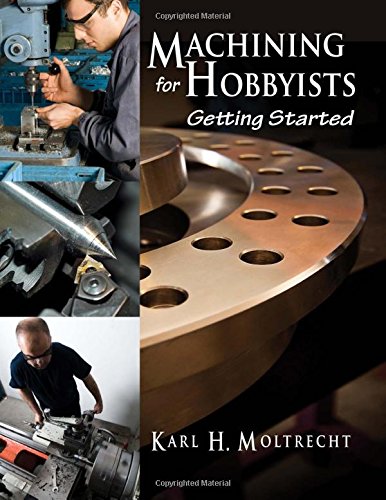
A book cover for Machining for Hobbyists: Getting Started; Karl Moltrecht; Science & Math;